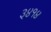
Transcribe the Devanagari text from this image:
३४१४